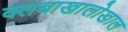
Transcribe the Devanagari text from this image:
क्लबाखालोखाल